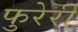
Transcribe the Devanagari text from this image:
फुरेरी